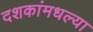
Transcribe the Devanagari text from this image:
दशकांमधल्या